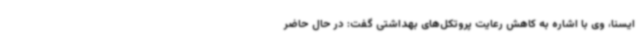
ایسنا، وی با اشاره به کاهش رعایت پروتکل‌های بهداشتی گفت: در حال حاضر